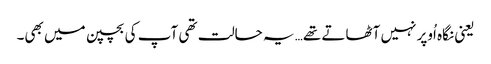
یعنی نگاہ اُوپر نہیں آٹھاتے تھے… یہ حالت تھی آپ کی بچپن میں بھی۔